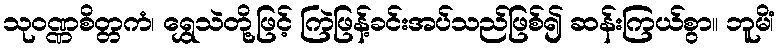
သုဝဏ္ဏစိတ္တကံ၊ ရွှေသဲတို့ဖြင့် ကြဲဖြန့်ခင်းအပ်သည်ဖြစ်၍ ဆန်းကြယ်စွာ။ ဘူမိံ၊